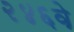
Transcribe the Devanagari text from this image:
२४६वे